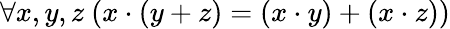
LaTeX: \forall x,y,z\ (x\cdot(y+z)=(x\cdot y)+(x\cdot z))